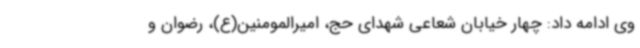
وی ادامه داد: چهار خیابان شعاعی شهدای حج، امیرالمومنین(ع)، رضوان و